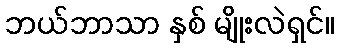
ဘယ်ဘာသာ နှစ် မျိုးလဲရှင်။